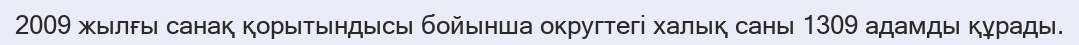
2009 жылғы санақ қорытындысы бойынша округтегі халық саны 1309 адамды құрады.